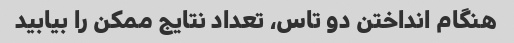
هنگام انداختن دو تاس، تعداد نتایج ممکن را بیابید